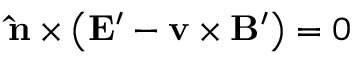
{ \bf { \hat { n } } } \times \left( { { \bf { E ^ { \prime } } } - { \bf { v } } \times { \bf { B ^ { \prime } } } } \right) = 0